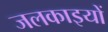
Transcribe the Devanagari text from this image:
जलकाइयों